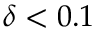
\delta < 0 . 1